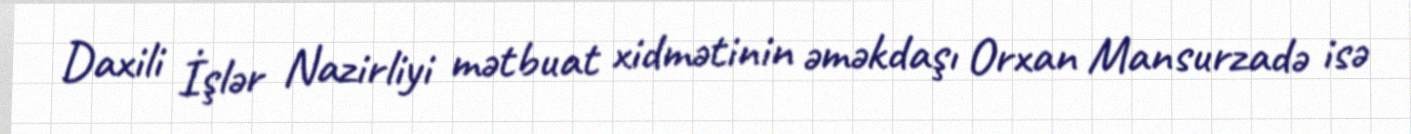
Daxili İşlər Nazirliyi mətbuat xidmətinin əməkdaşı Orxan Mansurzadə isə